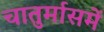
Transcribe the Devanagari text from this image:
चातुर्मासमें